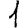
Digit: 1